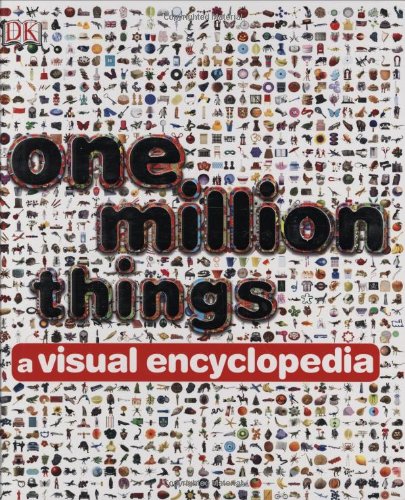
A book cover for One Million Things: A Visual Encyclopedia; Peter Chrisp; Reference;